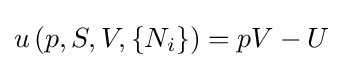
{\textstyle u\left(p,S,V,\{{{N}_{i}}\}\right)=pV-U}